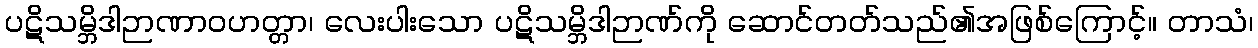
ပဋိသမ္ဘိဒါဉာဏာဝဟတ္တာ၊ လေးပါးသော ပဋိသမ္ဘိဒါဉာဏ်ကို ဆောင်တတ်သည်၏အဖြစ်ကြောင့်။ တာသံ၊